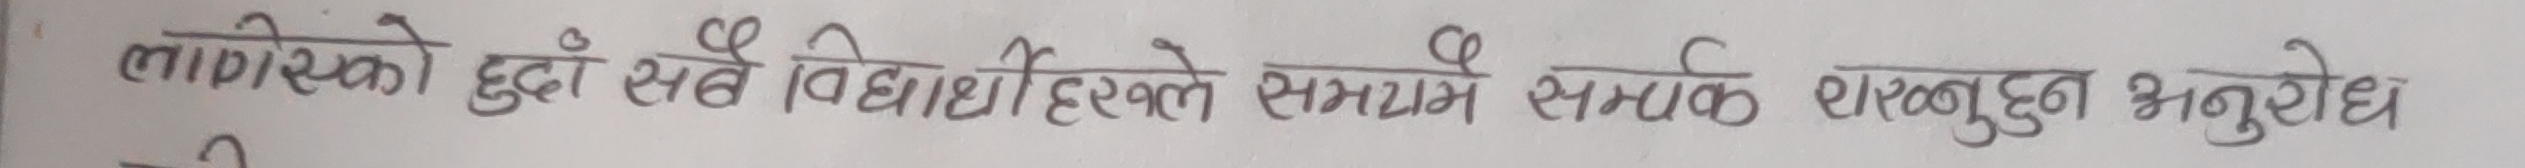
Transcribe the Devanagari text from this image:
लागिसकेको हुँदा सबै विद्यार्थीहरूले समयमै सम्पर्क राख्नुहुन अनुरोध ।